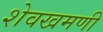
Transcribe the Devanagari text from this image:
शेवखमणी